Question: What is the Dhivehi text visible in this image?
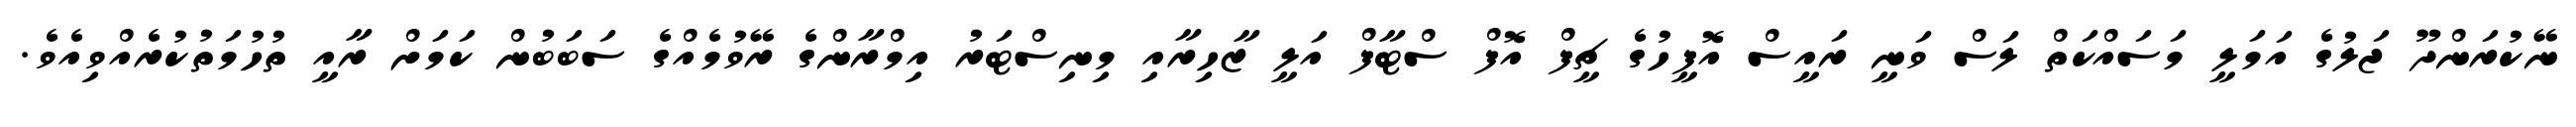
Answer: ނޭކުރަންދޫ ޖަލުގެ އަމަލީ މަސައްކަތް ލަސް ވަނީ ރައީސް އޮފީހުގެ ޗީފް އޮފް ސްޓާފް އަލީ ޒާހިރާއި މިނިސްޓަރު އިމްރާންގެ ރޭވުމެއްގެ ސަބަބުން ކަމަށް ރާއީ ތުހުމަތުކުރެއްވިއެވެ.